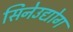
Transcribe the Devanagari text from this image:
सिनेउद्योग